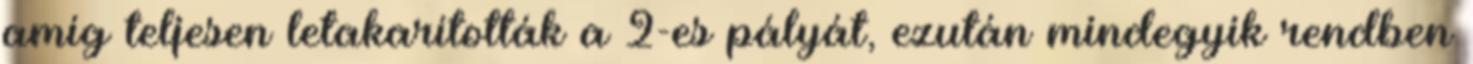
amíg teljesen letakarították a 2-es pályát, ezután mindegyik rendben